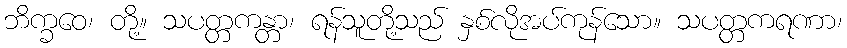
ဘိက္ခဝေ၊ တို့။ သပတ္တကန္တာ၊ ရန်သူတို့သည် နှစ်လိုအပ်ကုန်သော။ သပတ္တကရဏာ၊